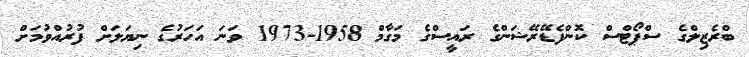
ބްރެޒިލްގެ ސްޕޯޓްސް ކޮންފެޑޭރޭޝަންގެ ރައީސްގެ މަގާމް 1958-1973 ވަނަ އަހަރުގެ ނިޔަލަށް ފުރުއްވުމަށް